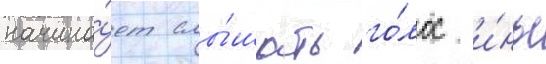
начина́ет слы́шать го́лос и́нь